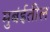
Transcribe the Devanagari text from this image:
मुबंईतील